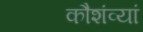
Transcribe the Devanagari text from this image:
कौशंव्यां